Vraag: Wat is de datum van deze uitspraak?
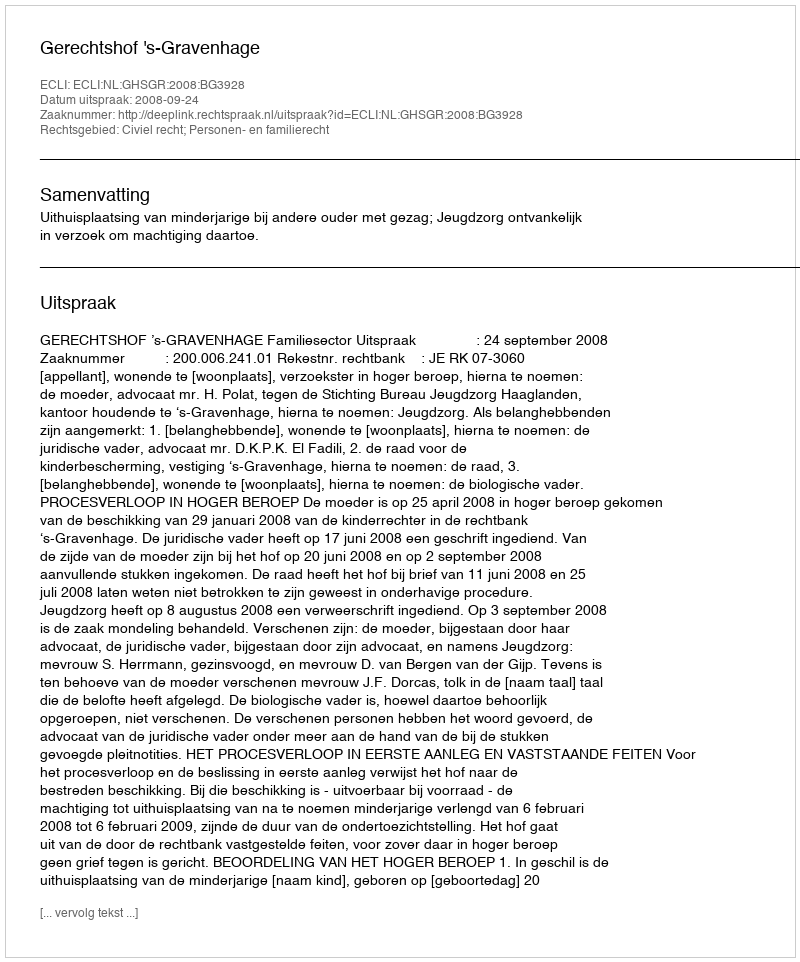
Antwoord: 2008-09-24